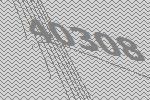
40308